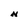
Character: N